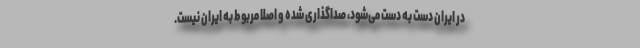
در ایران دست به دست می‌شود، صداگذاری شده و اصلا مربوط به ایران نیست.